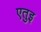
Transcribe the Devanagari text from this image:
एतुइ